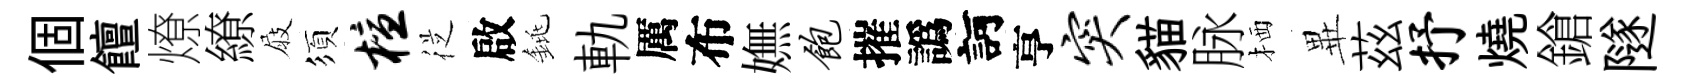
個饘燎繚屐須檀従啟銚軌厲布嫵饱摧譌訶亨突貓脉栖𭺾茲抒燒鎗隧